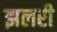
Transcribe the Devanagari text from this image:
झलरी